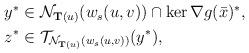
LaTeX: \begin{align*}\begin{aligned}y^*&\in \mathcal N_{\mathbf T(u)}(w_s(u,v))\cap\ker\nabla g(\bar x)^*,\\z^*&\in \mathcal T_{\mathcal N_{\mathbf T(u)}(w_s(u,v))}(y^*),\end{aligned}\end{align*}